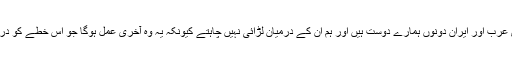
‘ ’سعودی عرب اور ایران دونوں ہمارے دوست ہیں اور ہم ان کے درمیان لڑائی نہیں چاہتے کیونکہ یہ وہ آخری عمل ہوگا جو اس خطے کو درکار ہوگا۔